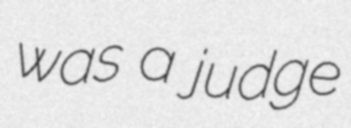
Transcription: was a judge